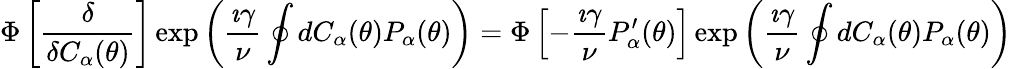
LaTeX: \Phi\left[\frac{\delta}{\delta C_{\alpha}(\theta)}\right]\exp\left(\frac{\imath\gamma}{\nu}\oint dC_{\alpha}(\theta)P_{\alpha}(\theta)\right)=\Phi\left[-\frac{\imath\gamma}{\nu}P_{\alpha}^{\prime}(\theta)\right]\exp\left(\frac{\imath\gamma}{\nu}\oint dC_{\alpha}(\theta)P_{\alpha}(\theta)\right)